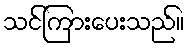
သင်ကြားပေးသည်။